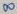
Text: 8